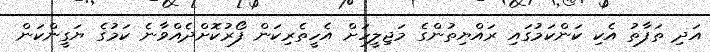
އަދި ތަފާތު އެކި ކަންކަމުގައި ރައްޔިތުންގެ މަޖިލީހަށް އެހީތެރިކަން ފޯރުކޮށްދެއްވާނެ ކަމުގެ ޔަގީންކަން